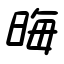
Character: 晦